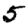
Digit: 5